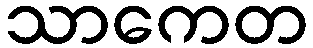
သာကေတ